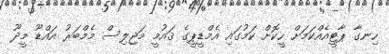
ހިނގާ ޕާޓީއެއްކަމަށް ހީކޮށް ކަމުގައި އެމްޑީޕީގެ ޤައުމީ މަޖިލިސް މެމްބަރު އައްޑޫ މީދޫ